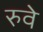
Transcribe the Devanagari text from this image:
रुवे